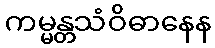
ကမ္မန္တသံဝိဓာနေန